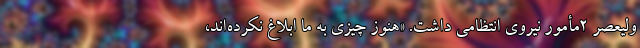
ولیعصر ۲مأمور نیروی انتظامی داشت. «هنوز چیزی به ما ابلاغ نکرده‌اند،